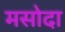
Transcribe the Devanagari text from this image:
मसोदा